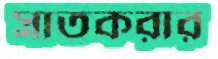
সাতকরার